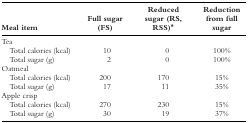
<table><thead><tr><td><b>Meal item</b></td><td><b>Full sugar (FS)</b></td><td><b>Reduced sugar (RS, RSS)*</b></td><td><b>Reduction from full sugar</b></td></tr></thead><tbody><tr><td colspan="4">Tea</td></tr><tr><td>Total calories (kcal)</td><td>10</td><td>0</td><td>100%</td></tr><tr><td>Total sugar (g)</td><td>2</td><td>0</td><td>100%</td></tr><tr><td colspan="4">Oatmeal</td></tr><tr><td>Total calories (kcal)</td><td>200</td><td>170</td><td>15%</td></tr><tr><td>Total sugar (g)</td><td>17</td><td>11</td><td>35%</td></tr><tr><td colspan="4">Apple crisp</td></tr><tr><td>Total calories (kcal)</td><td>270</td><td>230</td><td>15%</td></tr><tr><td>Total sugar (g)</td><td>30</td><td>19</td><td>37%</td></tr></tbody></table>